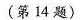
(第14题)